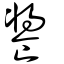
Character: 𩝫